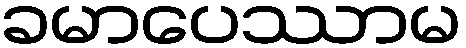
ခမာပေဿာမ